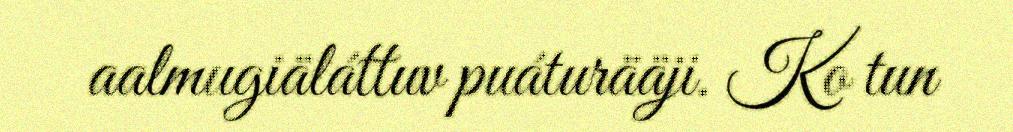
aalmugiäláttuv puáturääji. Ko tun